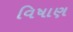
વિષાણ